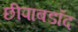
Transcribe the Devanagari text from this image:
छीपाबडॉद